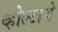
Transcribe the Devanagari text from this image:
व्होल्टाचे